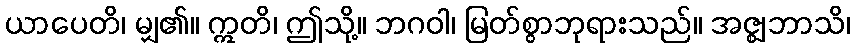
ယာပေတိ၊ မျှ၏။ ဣတိ၊ ဤသို့။ ဘဂဝါ၊ မြတ်စွာဘုရားသည်။ အဇ္ဈဘာသိ၊